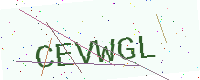
Text: CEVWGL